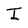
Character: I